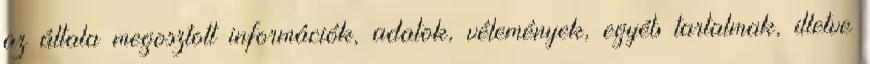
az általa megosztott információk, adatok, vélemények, egyéb tartalmak, illetve